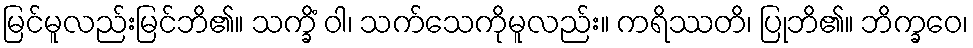
မြင်မူလည်းမြင်ဘိ၏။ သက္ခိံ ဝါ၊ သက်သေကိုမူလည်း။ ကရိဿတိ၊ ပြုဘိ၏။ ဘိက္ခဝေ၊